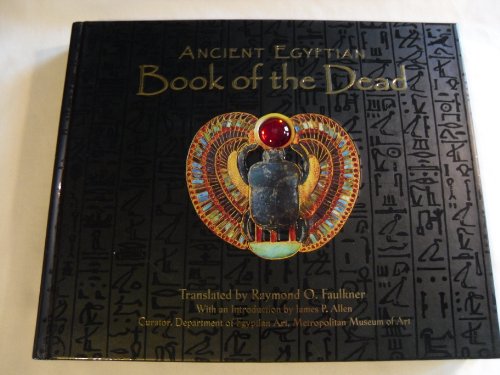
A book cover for Ancient Egyptian Book of the Dead; Raymond O. Faulkner; Religion & Spirituality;